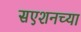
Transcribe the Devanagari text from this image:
सएशनच्या